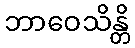
ဘာဝေသိန္တိ